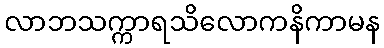
လာဘသက္ကာရသိလောကနိကာမန